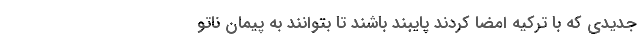
جدیدی که با ترکیه امضا کردند پایبند باشند تا بتوانند به پیمان ناتو